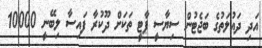
އަދި ދައުލަތުގެ ބަޖެޓުން ސިޔާސީ ޕާޓީ ތަކަށް ދޫކުރާ ފައިސާ ލިބޭނީ 10000